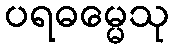
ပရဓမ္မေသု